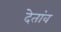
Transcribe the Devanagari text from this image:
देतांव